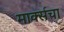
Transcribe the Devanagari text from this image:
मार्क्सचा